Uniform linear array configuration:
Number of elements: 4
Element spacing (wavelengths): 0.5
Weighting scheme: hann
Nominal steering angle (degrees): -60
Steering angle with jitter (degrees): -58.136
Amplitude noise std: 0.05
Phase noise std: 0.05

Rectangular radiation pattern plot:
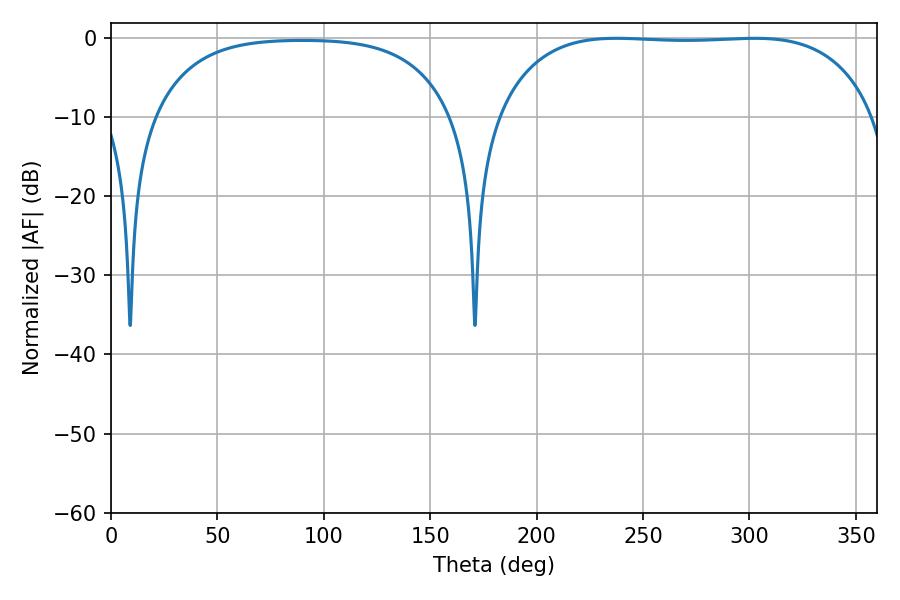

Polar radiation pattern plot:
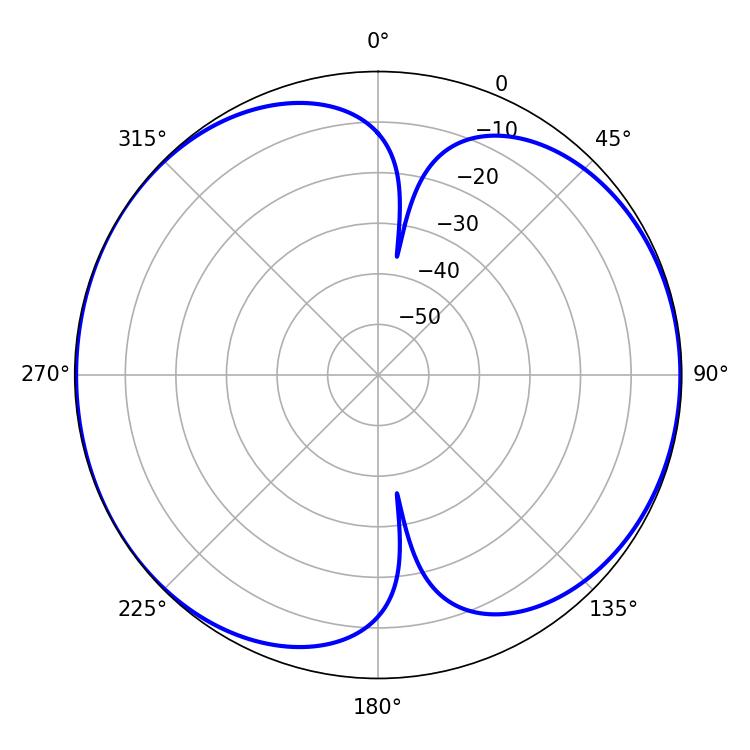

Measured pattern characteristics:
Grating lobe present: FALSE
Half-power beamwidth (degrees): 139.68
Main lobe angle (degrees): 237.6